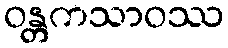
ဝန္တကသာဝဿ